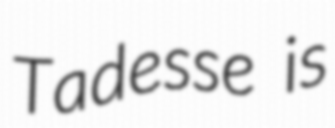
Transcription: Tadesse is